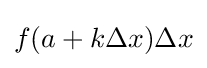
f(a+k\Delta x)\Delta x